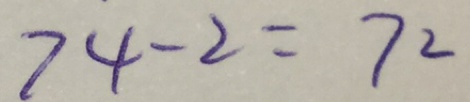
7 4 - 2 = 7 2